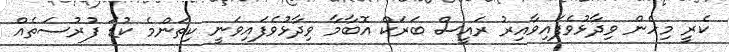
ކެރީ މިހެން ވިދާޅުވެފައިވާއިރު ރައީސް ބަރަކް އޮބާމާ ވިދާޅުވެފައިވަނީ ކިތަންމެ ކުޑަ ފުރުސަތެއް